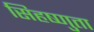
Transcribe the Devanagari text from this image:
सिहष्णुता